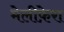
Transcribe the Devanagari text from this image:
मेलीफ़ेरा